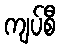
ကျပ်စီ